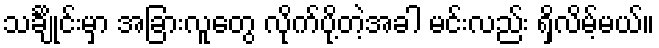
သင်္ချိုင်းမှာ အခြားလူတွေ လိုက်ပို့တဲ့အခါ မင်းလည်း ရှိလိမ့်မယ်။